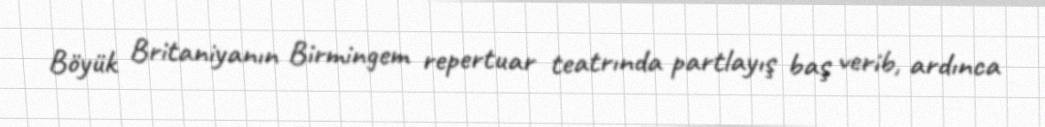
Böyük Britaniyanın Birmingem repertuar teatrında partlayış baş verib, ardınca